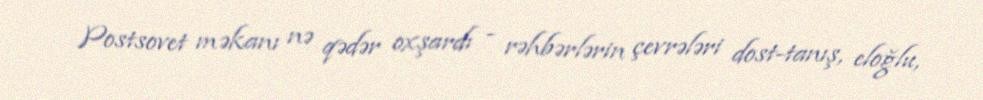
Postsovet məkanı nə qədər oxşardı - rəhbərlərin çevrələri dost-tanış, eloğlu,